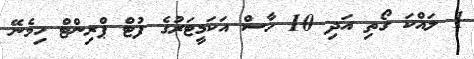
1 ލައްކަ ގޯތި އަދި 10 ހާސް އަކަމީޓަރުގެ ފުޓް ޕްރިންޓް ހިމެނޭ